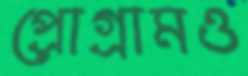
প্রোগ্রামও